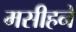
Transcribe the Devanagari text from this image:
मसीहने